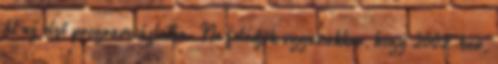
át az első programvázlatba. Ne feledjük ugyanakkor, hogy 2002-ben,